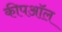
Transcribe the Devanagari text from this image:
कीपऑल